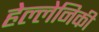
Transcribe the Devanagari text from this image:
हेल्लेनिकी